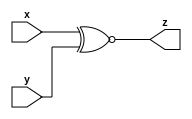
module CB (input x, input y, output z);
    assign z = x ^~ y;
endmodule